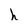
Character: h